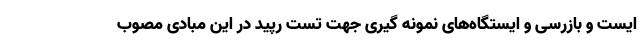
ایست و بازرسی و ایستگاه‌های نمونه گیری جهت تست رپید در این مبادی مصوب